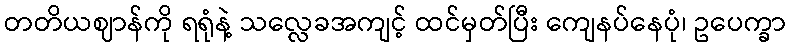
တတိယဈာန်ကို ရရုံနဲ့ သလ္လေခအကျင့် ထင်မှတ်ပြီး ကျေနပ်နေပုံ၊ ဥပေက္ခာ